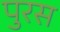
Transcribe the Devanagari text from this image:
पुरस